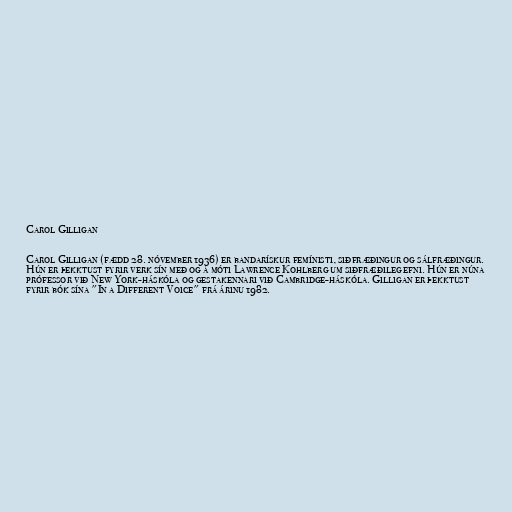
Carol Gilligan

Carol Gilligan (fædd 28. nóvember 1936) er bandarískur femínisti, siðfræðingur og sálfræðingur.
Hún er þekktust fyrir verk sín með og á móti Lawrence Kohlberg um siðfræðileg efni. Hún er núna
prófessor við New York-háskóla og gestakennari við Cambridge-háskóla. Gilligan er þekktust
fyrir bók sína "In a Different Voice" frá árinu 1982.